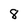
Character: 8